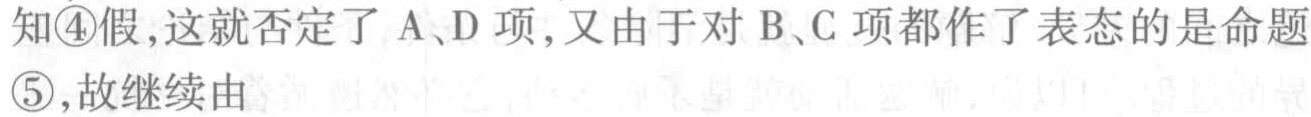
知\textcircled{4}假,这就否定了 A、D 项,又由于对 B、C 项都作了表态的是命题\textcircled{5},故继续由